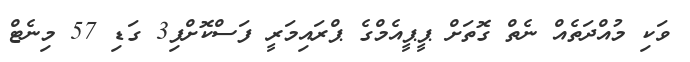
ވަކި މުއްދަތެއް ނެތް ގޮތަށް ޕީޕީއެމްގެ ޕްރައިމަރީ ފަސްކޮށްފި3 ގަޑި 57 މިނެޓް